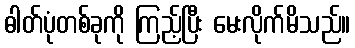
ဓါတ်ပုံတစ်ခုကို ကြည့်ပြီး မေးလိုက်မိသည်။